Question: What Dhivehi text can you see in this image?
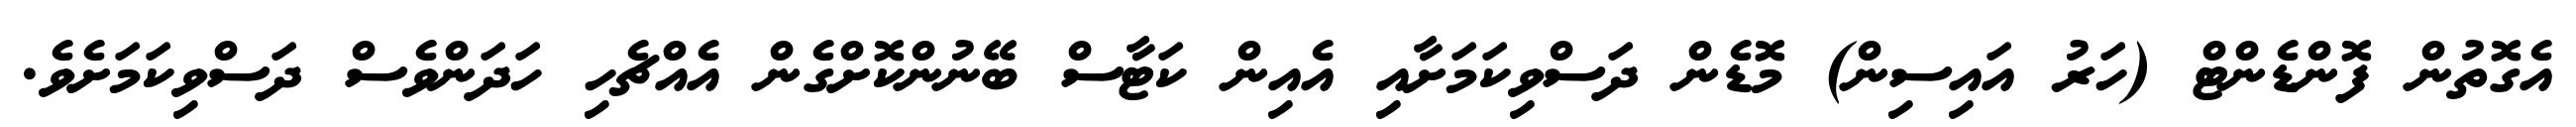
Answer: އެގޮތުން ފޮންޑެންޓް (ހަރު އައިސިން) މޮޑެން ދަސްވިކަމަށާއި އެއިން ކަޓާސް ބޭނުންކޮށްގެން އެއްޗެހި ހަދަންވެސް ދަސްވިކަމަށެވެ.